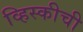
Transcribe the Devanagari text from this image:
व्हिस्कीची